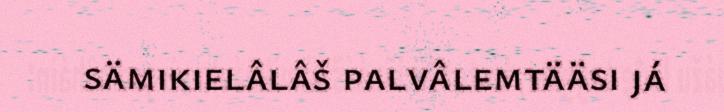
sämikielâlâš palvâlemtääsi já